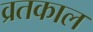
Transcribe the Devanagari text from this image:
व्रतकाल